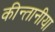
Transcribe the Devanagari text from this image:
कीन्तानीया